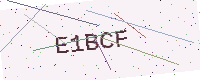
Text: E1BCF